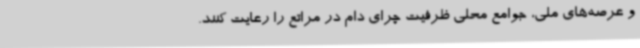
و عرصه‌های ملی، جوامع محلی ظرفیت چرای دام در مراتع را رعایت کنند.